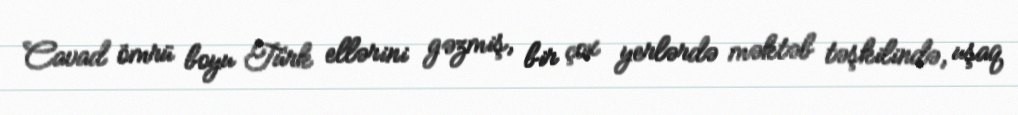
Cavad ömrü boyu Türk ellərini gəzmiş, bir çox yerlərdə məktəb təşkilində, uşaq